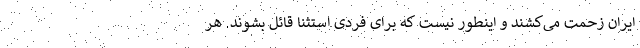
ایران زحمت می‌کشند و اینطور نیست که برای فردی استثنا قائل بشوند. هر